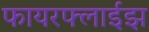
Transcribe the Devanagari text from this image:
फायरफ्लाईझ